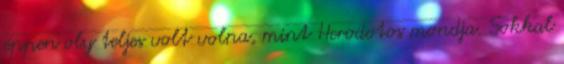
éppen oly teljes volt volna, mint Herodotos mondja. Sokkal